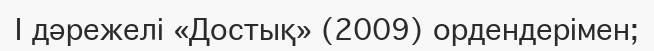
I дәрежелі «Достық» (2009) ордендерімен;